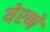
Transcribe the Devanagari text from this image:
येरणे